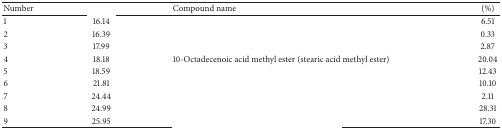
<table><thead><tr><td><b>Number</b></td><td>[EMPTY_CELL]</td><td><b>Compound name</b></td><td><b> (%)</b></td></tr></thead><tbody><tr><td>1</td><td>16.14</td><td>[EMPTY_CELL]</td><td> 6.51</td></tr><tr><td>2</td><td>16.39</td><td>[EMPTY_CELL]</td><td> 0.33</td></tr><tr><td>3</td><td>17.99</td><td>[EMPTY_CELL]</td><td> 2.87</td></tr><tr><td>4</td><td>18.18</td><td>10-Octadecenoic acid methyl ester (stearic acid methyl ester)</td><td>20.04</td></tr><tr><td>5</td><td>18.59</td><td>[EMPTY_CELL]</td><td>12.43</td></tr><tr><td>6</td><td>21.81</td><td>[EMPTY_CELL]</td><td>10.10</td></tr><tr><td>7</td><td>24.44</td><td>[EMPTY_CELL]</td><td> 2.11</td></tr><tr><td>8</td><td>24.99</td><td>[EMPTY_CELL]</td><td>28.31</td></tr><tr><td>9</td><td>25.95</td><td>[EMPTY_CELL]</td><td>17.30</td></tr></tbody></table>